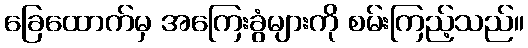
ခြေထောက်မှ အကြေးခွံများကို စမ်းကြည့်သည်။